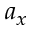
a _ { x }